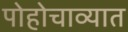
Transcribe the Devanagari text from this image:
पोहोचाव्यात